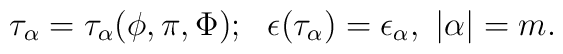
\tau_\alpha = \tau_\alpha (\phi, \pi, \Phi);~~\epsilon(\tau_\alpha) =\epsilon_\alpha,{}~|\alpha| = m.